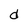
Character: d